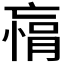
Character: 𫡾